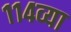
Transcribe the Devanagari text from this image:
११४व्या